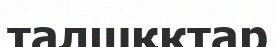
талшқктар